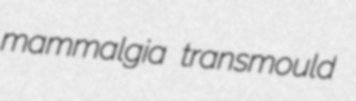
mammalgia transmould